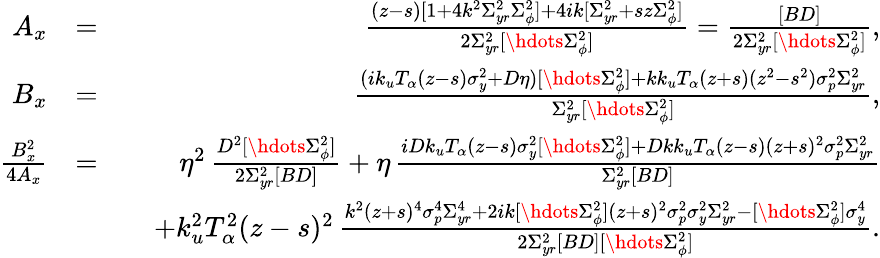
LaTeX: \begin{array}{rlr}{A_{x}}&{=}&{\frac{(z-s)[1+4k^{2}\Sigma_{yr}^{2}\Sigma_{\phi}^{2}]+4ik[\Sigma_{yr}^{2}+sz\Sigma_{\phi}^{2}]}{2\Sigma_{yr}^{2}[\hdots\Sigma_{\phi}^{2}]}=\frac{[BD]}{2\Sigma_{yr}^{2}[\hdots\Sigma_{\phi}^{2}]},}\\ {B_{x}}&{=}&{\frac{(ik_{u}T_{\alpha}(z-s)\sigma_{y}^{2}+D\eta)[\hdots\Sigma_{\phi}^{2}]+kk_{u}T_{\alpha}(z+s)(z^{2}-s^{2})\sigma_{p}^{2}\Sigma_{yr}^{2}}{\Sigma_{yr}^{2}[\hdots\Sigma_{\phi}^{2}]},}\\ {\frac{B_{x}^{2}}{4A_{x}}}&{=}&{\eta^{2}\, \frac{D^{2}[\hdots\Sigma_{\phi}^{2}]}{2\Sigma_{yr}^{2}[BD]}+\eta\, \frac{iDk_{u}T_{\alpha}(z-s)\sigma_{y}^{2}[\hdots\Sigma_{\phi}^{2}]+Dkk_{u}T_{\alpha}(z-s)(z+s)^{2}\sigma_{p}^{2}\Sigma_{yr}^{2}}{\Sigma_{yr}^{2}[BD]}}\\ &{}&{\quad+k_{u}^{2}T_{\alpha}^{2}(z-s)^{2}\, \frac{k^{2}(z+s)^{4}\sigma_{p}^{4}\Sigma_{yr}^{4}+2ik[\hdots\Sigma_{\phi}^{2}](z+s)^{2}\sigma_{p}^{2}\sigma_{y}^{2}\Sigma_{yr}^{2}-[\hdots\Sigma_{\phi}^{2}]\sigma_{y}^{4}}{2\Sigma_{yr}^{2}[BD][\hdots\Sigma_{\phi}^{2}]}.}\end{array}